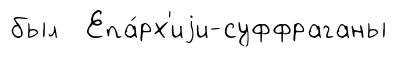
был Епа́рх'иjи-суффраганы